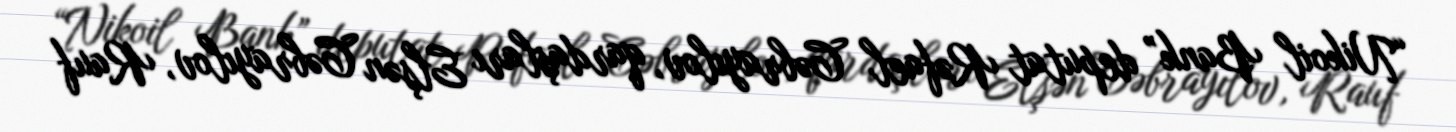
“Nikoil Bank” deputat Rəfael Cəbrayılov, qardaşları Elşən Cəbrayılov, Rauf